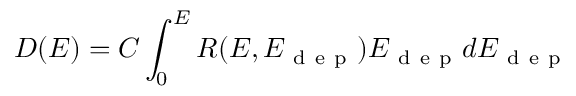
D ( E ) = C \int _ { 0 } ^ { E } R ( E , E _ { \mathrm { ~ d ~ e ~ p ~ } } ) E _ { \mathrm { ~ d ~ e ~ p ~ } } d E _ { \mathrm { ~ d ~ e ~ p ~ } }